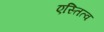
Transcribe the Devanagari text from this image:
एस्तित्व